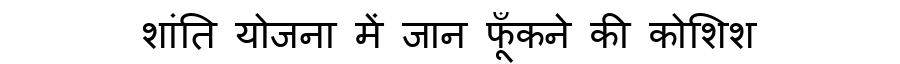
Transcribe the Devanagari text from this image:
शांति योजना में जान फूँकने की कोशिश